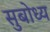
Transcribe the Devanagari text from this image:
सुबोध्य